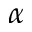
\alpha